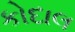
કોદાલ